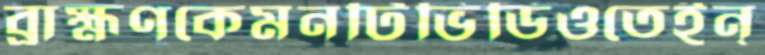
ব্রাহ্মণকেমনটিভিডিওতেইন্